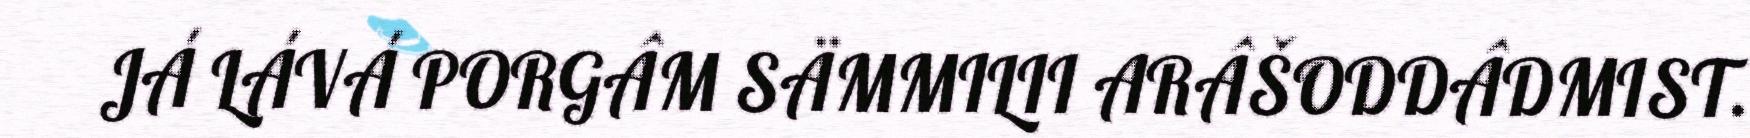
JÁ LÁVÁ PORGÂM SÄMMILII ARÂŠODDÂDMIST.